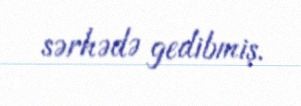
sərhədə gedibmiş.